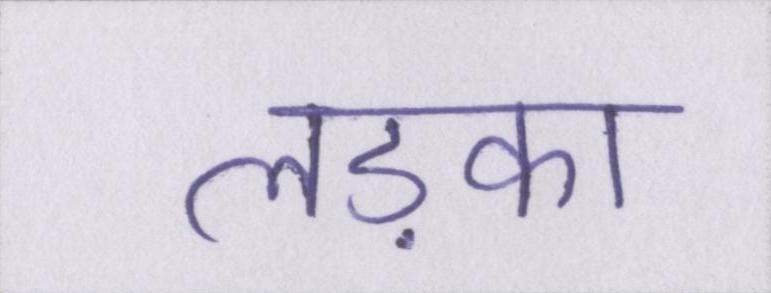
लड़का